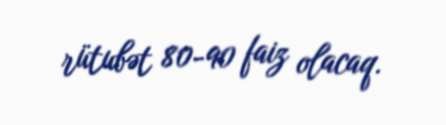
rütubət 80-90 faiz olacaq.